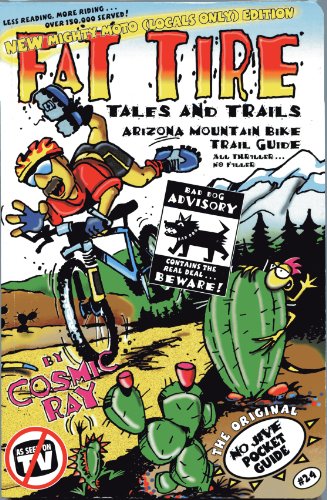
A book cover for Mountain Biking Arizona Trail Guide: Fat Tire Tales & Trails; Cosmic Ray; Sports & Outdoors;